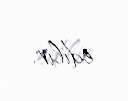
edilir.